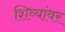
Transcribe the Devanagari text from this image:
शिव्यांवर